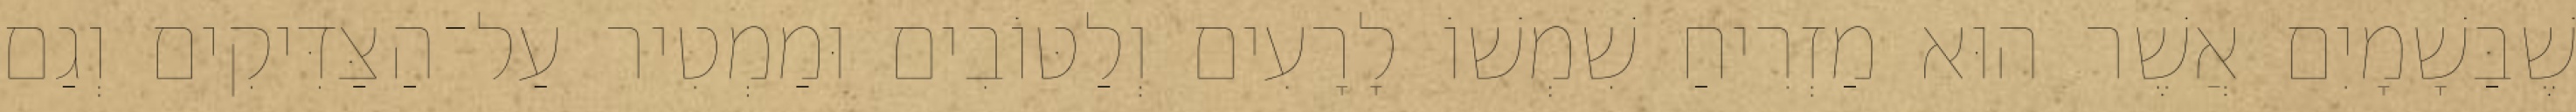
שֶׁבַּשָׁמָיִם אֲשֶׁר הוּא מַזְרִיחַ שִׁמְשׁוֹ לָרָעִים וְלַטּוֹבִים וּמַמְטִיר עַל־הַצַּדִּיקִים וְגַם